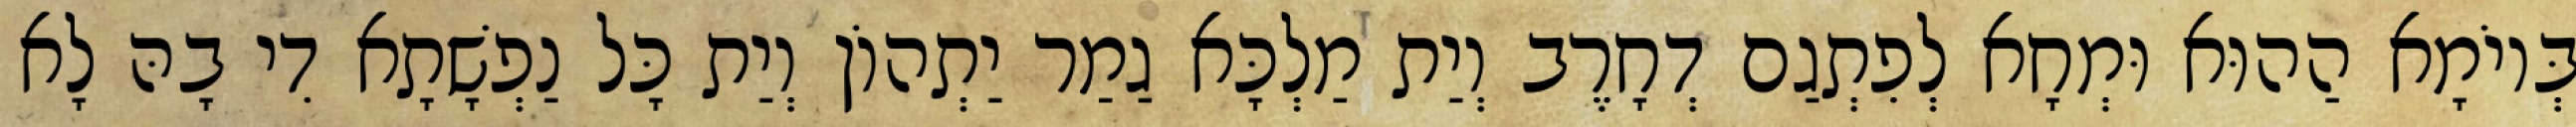
בְּיוֹמָא הַהוּא וּמְחָא לְפִתְגַם דְחָרֶב וְיַת מַלְכָּא גַמַר יַתְהוֹן וְיַת כָּל נַפְשָׁתָא דִי בָהּ לָא